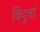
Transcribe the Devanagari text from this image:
विदुषां